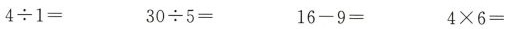
$$4 \div1 =$$ $$3 0 \div 5 =$$ $$1 6-9 =$$ $$4 \times 6 =$$